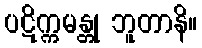
ပဋိက္ကမန္တု ဘူတာနိ။